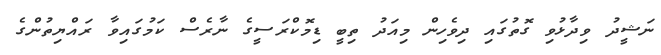
ނަޝީދު ވިދާޅުވި ގޮތުގައި ދިވެހިން މިއަދު ތިބީ ޑިމޮކްރަސީގެ ނާރެސް ކަމުގައިވާ ރައްޔިތުންގެ